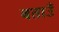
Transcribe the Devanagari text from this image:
बताउँ